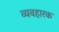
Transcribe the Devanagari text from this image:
व्यवहारक